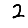
Digit: 2